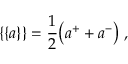
\{ \{ a \} \} = \frac { 1 } { 2 } \big ( a ^ { + } + a ^ { - } \big ) \mathrm { ~ , ~ }